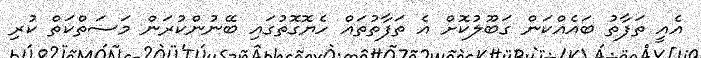
އެއީ ތަފާތު ބައެއްކަން ގަބޫލުކޮށް އެ ތަފާތުތައް ހެޔޮގޮތުގައި ބޭނުންކުރަން މަސަތްކަތް ކުރި